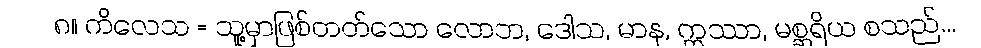
၈။ ကိလေသ = သူ့မှာဖြစ်တတ်သော လောဘ, ဒေါသ, မာန, ဣဿာ, မစ္ဆရိယ စသည်...